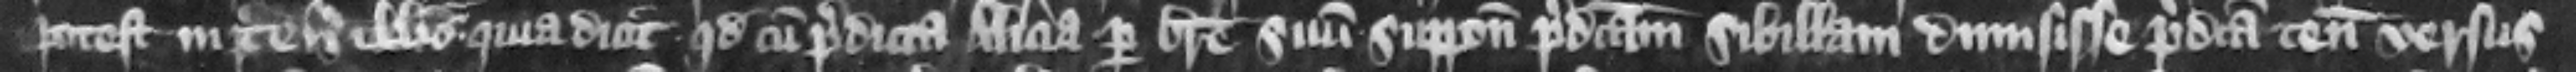
potest in tenementis illis. Quia dicit quod cum predicta Alicia per breue suum supponitpredictam Sibillam dimisisse predicta tenementa versus